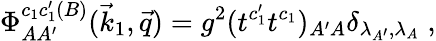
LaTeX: \Phi_{AA^{\prime}}^{c_{1}c_{1}^{\prime}(B)}(\vec{k}_{1},\vec{q})=g^{2}(t^{c_{1}^{\prime}}t^{c_{1}})_{A^{\prime}A}\delta_{\lambda_{A^{\prime}},\lambda_{A}}\; ,